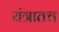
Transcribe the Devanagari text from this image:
यंत्रातच